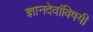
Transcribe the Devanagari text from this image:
ज्ञानदेवांविषयी